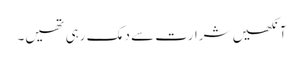
آنکھیں شرارت سے دمک رہی تھیں۔